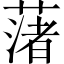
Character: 𦼥